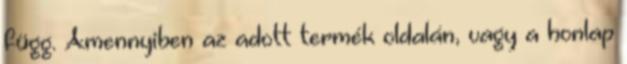
függ. Amennyiben az adott termék oldalán, vagy a honlap